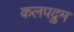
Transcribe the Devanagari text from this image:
कलपद्रुम